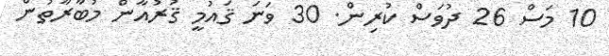
10 މަސް 26 ދުވަސް ކުރިން. 30 ވަނަ ޤައުމީ ޤުރުއާން މުބާރާތުން